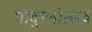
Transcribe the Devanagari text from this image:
गोकुलोत्सव